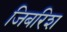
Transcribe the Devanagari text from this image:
जिबरिश